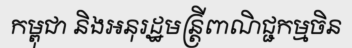
កម្ពុជា និងអនុរដ្ឋមន្ត្រីពាណិជ្ជកម្មចិន